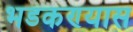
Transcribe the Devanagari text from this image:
भडकण्यास